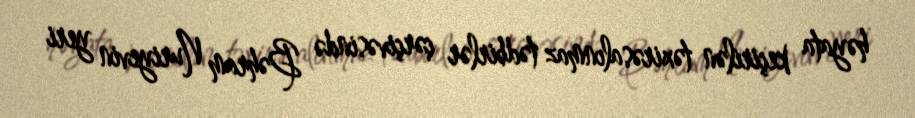
həyata keçirilən təxirəsalınmaz tədbirlər çərçivəsində Bəhram Nuriyevin yeri